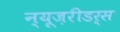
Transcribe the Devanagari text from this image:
न्यूज़रीडर्स